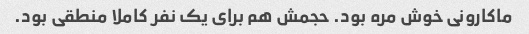
ماکارونی خوش مره بود. حجمش هم برای یک نفر کاملا منطقی بود.